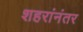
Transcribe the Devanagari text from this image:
शहरांनंतर